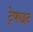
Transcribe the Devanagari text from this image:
ट्रेफाइट